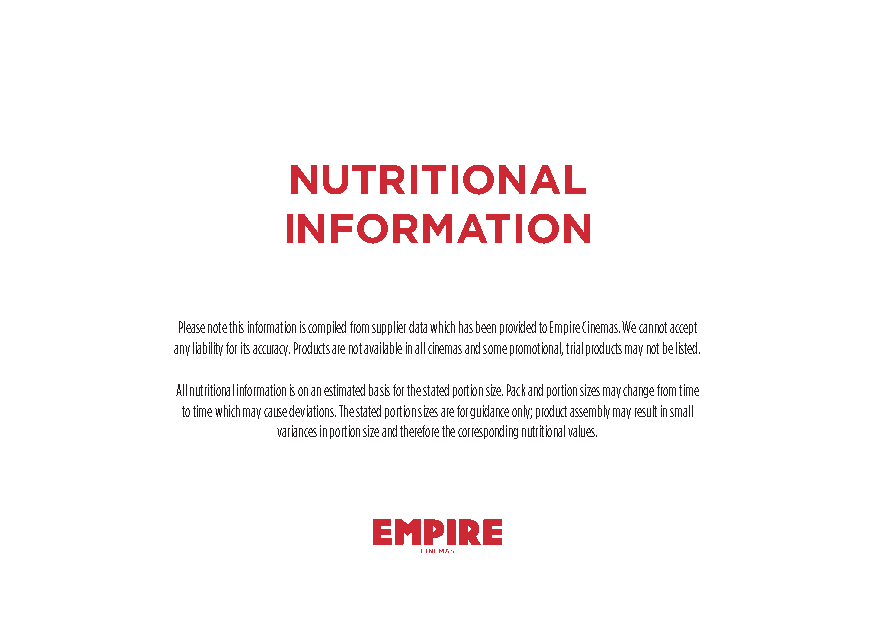
NUTRITIONAL
 INFORMATION
 Please note this information is compiled from supplier data which has been provided to Empire Cinemas. We cannot accept
 any liability for its accuracy. Products are not available in all cinemas and some promotional, trial products may not be listed.
 All nutritional information is on an estimated basis for the stated portion size. Pack and portion sizes may change from time
 to time which may cause deviations. The stated portion sizes are for guidance only; product assembly may result in small
 variances in portion size and therefore the corresponding nutritional values.